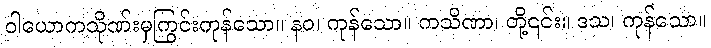
ဝါယောကသိုဏ်းမှကြွင်းကုန်သော။ နဝ၊ ကုန်သော။ ကသိဏာ၊ တို့၎င်း။ ဒသ၊ ကုန်သော။